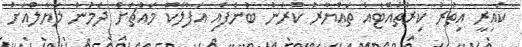
ކައިރީ އިތުރު ކިރުތައްޓެއް ތައްޔާރު ކުރަން ބުނެފައި އަފްލާކް މައްޗަށް ދަމުން ލަޔާލްއަށް